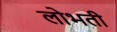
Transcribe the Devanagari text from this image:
लोभती